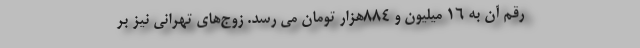
رقم آن به ۱۶ میلیون و ۸۸۴هزار تومان می رسد. زوج‌های تهرانی نیز بر